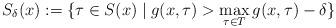
LaTeX: \begin{align*}S_{\delta}(x):=\{\tau\in S(x)\mid g(x,\tau)>\max_{\tau\in T} g(x,\tau)-\delta\}\end{align*}